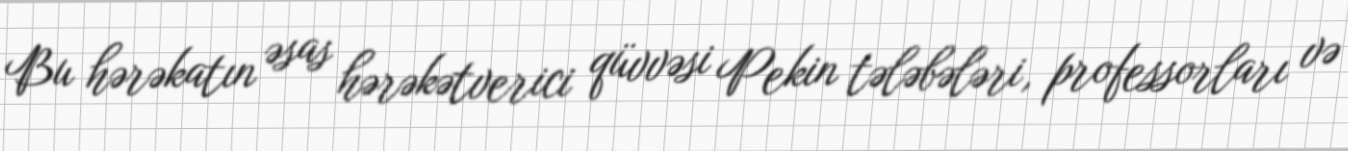
Bu hərəkatın əsas hərəkətverici qüvvəsi Pekin tələbələri, professorları və